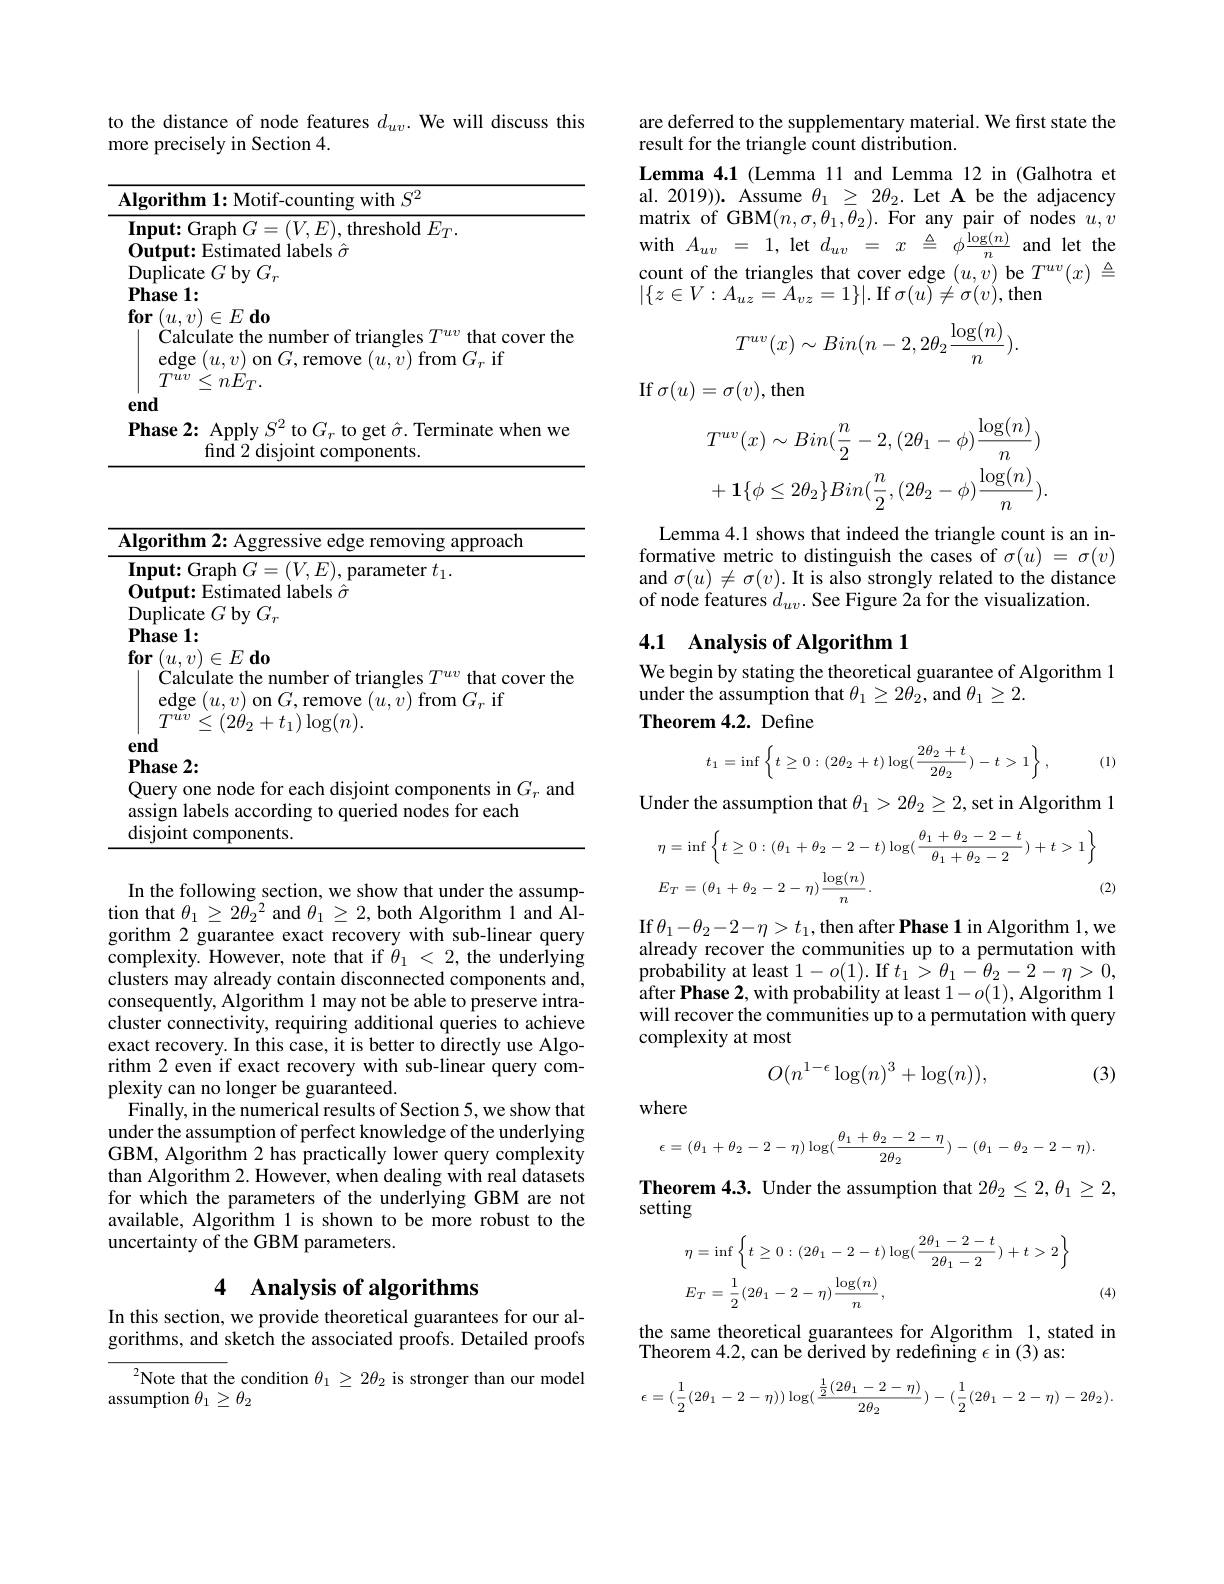
to the distance of node features $d_{uv}.$ We will discuss this
more precisely in Section 4.

<table>
	<tbody>
		<tr>
			<td>17 1</td>
			<td>$\textbf{Algorithm 1: Motif- counting with }S^{2}$</td>
			<td>rithm 1: Motif- counting with $S^{2}$</td>
		</tr>
	</tbody>
</table>

<table>
	<tbody>
		<tr>
			<td>$E$</td>
			<td>rithm 2: Aggressive edge removing approach</td>
		</tr>
		<tr>
			<td> </td>
			<td>$\lim_{ca}$ $hv$ $I$</td>
		</tr>
		<tr>
			<td> </td>
			<td>$\mathbf{lSe}\angle{:}$ ery one node for each disjoint components in $G_{r}$ ande gn labels according to queried nodes for each oint components.</td>
		</tr>
	</tbody>
</table>

In the following section, we show that under the assumption that $\theta_1\geq2\tilde{\theta_{2}}^{2}$ and $\theta_1\geq2$, both Algorithm 1 and Algorithm 2 guarantee exact recovery with sub-linear query complexity. However, note that if $\theta_1<2$, the underlying clusters may already contain disconnected components and, consequently, Algorithm 1 may not be able to preserve intracluster connectivity, requiring additional queries to achieve exact recovery. In this case, it is better to directly use Algorithm 2 even if exact recovery with sub-linear query complexity can no longer be guaranteed.
Finally, in the numerical results of Section 5, we show that under the assumption of perfect knowledge of the underlying GBM, Algorithm 2 has practically lower query complexity than Algorithm 2. However, when dealing with real datasets for which the parameters of the underlying GBM are not available, Algorithm 1 is shown to be more robust to the uncertainty of the GBM parameters.

# 4 Analysis of algorithms

In this section, we provide theoretical guarantees for our algorithms, and sketch the associated proofs. Detailed proofs

$^{2}$Note that the condition $\theta_1\geq2\theta_2$ is stronger than our model
assumption $\theta_1\geq\theta_2$

are deferred to the supplementary material. We first state the
result for the triangle count distribution.
Lemma 4.1 (Lemma 11 and Lemma 12 in (Galhotra et al. 2019)). Assume $\theta_1\geq2\theta_2.$ Let A be the adjacency matrix of GBM$(n,\sigma,\tilde{\theta}_{1},\bar{\theta}_{2}).$ For any pair of nodes $u,v$ with$A_{uv}=1$,let$d_uv=x=\phi\frac{\mathrm{log}(n)}{n}$andletthe count of the triangles that cover edge $(u,v)$ be $T^{uv}(x)\triangleq$ $|\{z\in V:A_{uz}=\tilde{A}_{vz}=1\}|.$ If $\sigma(u)\neq\sigma(v)$,then
$$T^{uv}(x)\sim Bin(n-2,2\theta_{2}\frac{\log(n)}{n}).$$
If$\sigma(u)=\sigma(v)$,then
$$T^{uv}(x)\sim Bin(\frac{n}{2}-2,(2\theta_{1}-\phi)\frac{\log(n)}{n})\\+\mathbf{1}\{\phi\leq2\theta_{2}\}Bin(\frac{n}{2},(2\theta_{2}-\phi)\frac{\log(n)}{n}).$$
Lemma 4.1 shows that indeed the triangle count is an informative metric to distinguish the cases of $\sigma(u)=\sigma(v)$ and $\sigma(u)\neq\sigma(v).$ It is also strongly related to the distance of node features $d_uv.$ See Figure 2a for the visualization.

## 4.1 Analysis of Algorithm 1

We begin by stating the theoretical guarantee of Algorithm 1
under the assumption that $\theta_1\geq2\theta_2$, and $\theta_1\geq2.$
Theorem 4.2. Define
$$t_1=\inf\left\{t\geq0:(2\theta_2+t)\log(\frac{2\theta_2+t}{2\theta_2})-t>1\right\},\quad($$
(1)

Under the assumption that $\theta_1>2\theta_2\geq2$, set in Algorithm 1
$$\begin{aligned}&\eta=\inf\left\{t\geq0:(\theta_{1}+\theta_{2}-2-t)\log(\frac{\theta_{1}+\theta_{2}-2-t}{\theta_{1}+\theta_{2}-2})+t>1\right\}\\&E_{T}=(\theta_{1}+\theta_{2}-2-\eta)\frac{\log(n)}{n}.&\text{(2)}\end{aligned}$$
If$\theta_1-\theta_2-2-\eta>t_1$,then after Phase 1in Algorithm 1,we already recover the communities up to a permutation with probability at least $1-o(1).$ If $t_1>\theta_1-\theta_2-2-\eta>0$, $\operatorname{after~Phase~2,~with~probability~at~least~1-o(1),~Algorithm~1}$ will recover the communities up to a permutation with query complexity at most
$$O(n^{1-\epsilon}\log(n)^3+\log(n)),$$
(3)

where
$$\epsilon=(\theta_1+\theta_2-2-\eta)\log(\frac{\theta_1+\theta_2-2-\eta}{2\theta_2})-(\theta_1-\theta_2-2-\eta).$$
$\begin{array}{l}{\textbf{Theorem 4.3. Under the assumption that 2}\theta_{2}\leq2,\theta_{1}\geq2,}\\{\text{setting}}\end{array}$
$$\begin{aligned}&\eta=\inf\left\{t\geq0:(2\theta_{1}-2-t)\log(\frac{2\theta_{1}-2-t}{2\theta_{1}-2})+t>2\right\}\\&E_{T}=\frac{1}{2}(2\theta_{1}-2-\eta)\frac{\log(n)}{n},&\text{(4)}\\\end{aligned}$$
the same theoretical guarantees for Algorithm 1, stated in
Theorem 4.2,can be $\text{\v {d}erivedbyredefining}\epsilon$ in (3) as:
$$\epsilon=(\dfrac{1}{2}(2\theta_1-2-\eta))\log(\dfrac{\frac{1}{2}(2\theta_1-2-\eta)}{2\theta_2})-(\dfrac{1}{2}(2\theta_1-2-\eta)-2\theta_2).$$